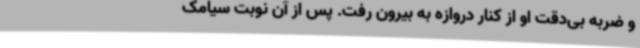
و ضربه بی‌دقت او از کنار دروازه به بیرون رفت. پس از آن نوبت سیامک